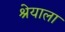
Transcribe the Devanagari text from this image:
श्रेयाला